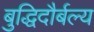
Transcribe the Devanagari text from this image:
बुद्धिदौर्बल्य